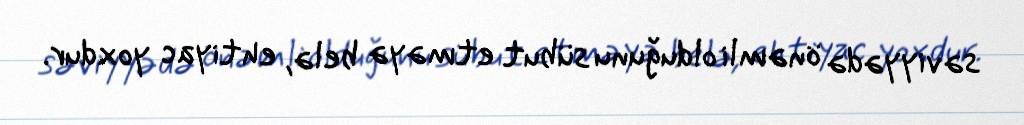
səviyyədə önəmli olduğunu sübut etməyə belə, ehtiyac yoxdur.